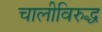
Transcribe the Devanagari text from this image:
चालीविरुद्ध